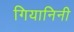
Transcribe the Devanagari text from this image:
गियानिनी